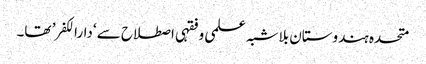
متحدہ ہندوستان بلاشبہ علمی و فقہی اصطلاح سے ‘دارالکفر’ تھا۔